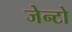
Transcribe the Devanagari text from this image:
जेन्टो